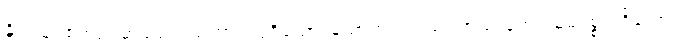
နှိုင်းယှဉ်စရာဥပမာမည်သည်ကား။ ပုရိသော၊ ယောကျ်ားသည်။ အဿကော၊ မိမိဥစ္စာမရှိသော။